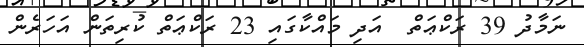
ނަމާދު 39 ރަކްޢަތް  އަދި މައްކާގައި 23 ރަކްޢަތް ކުރިތަން އަހަރެން